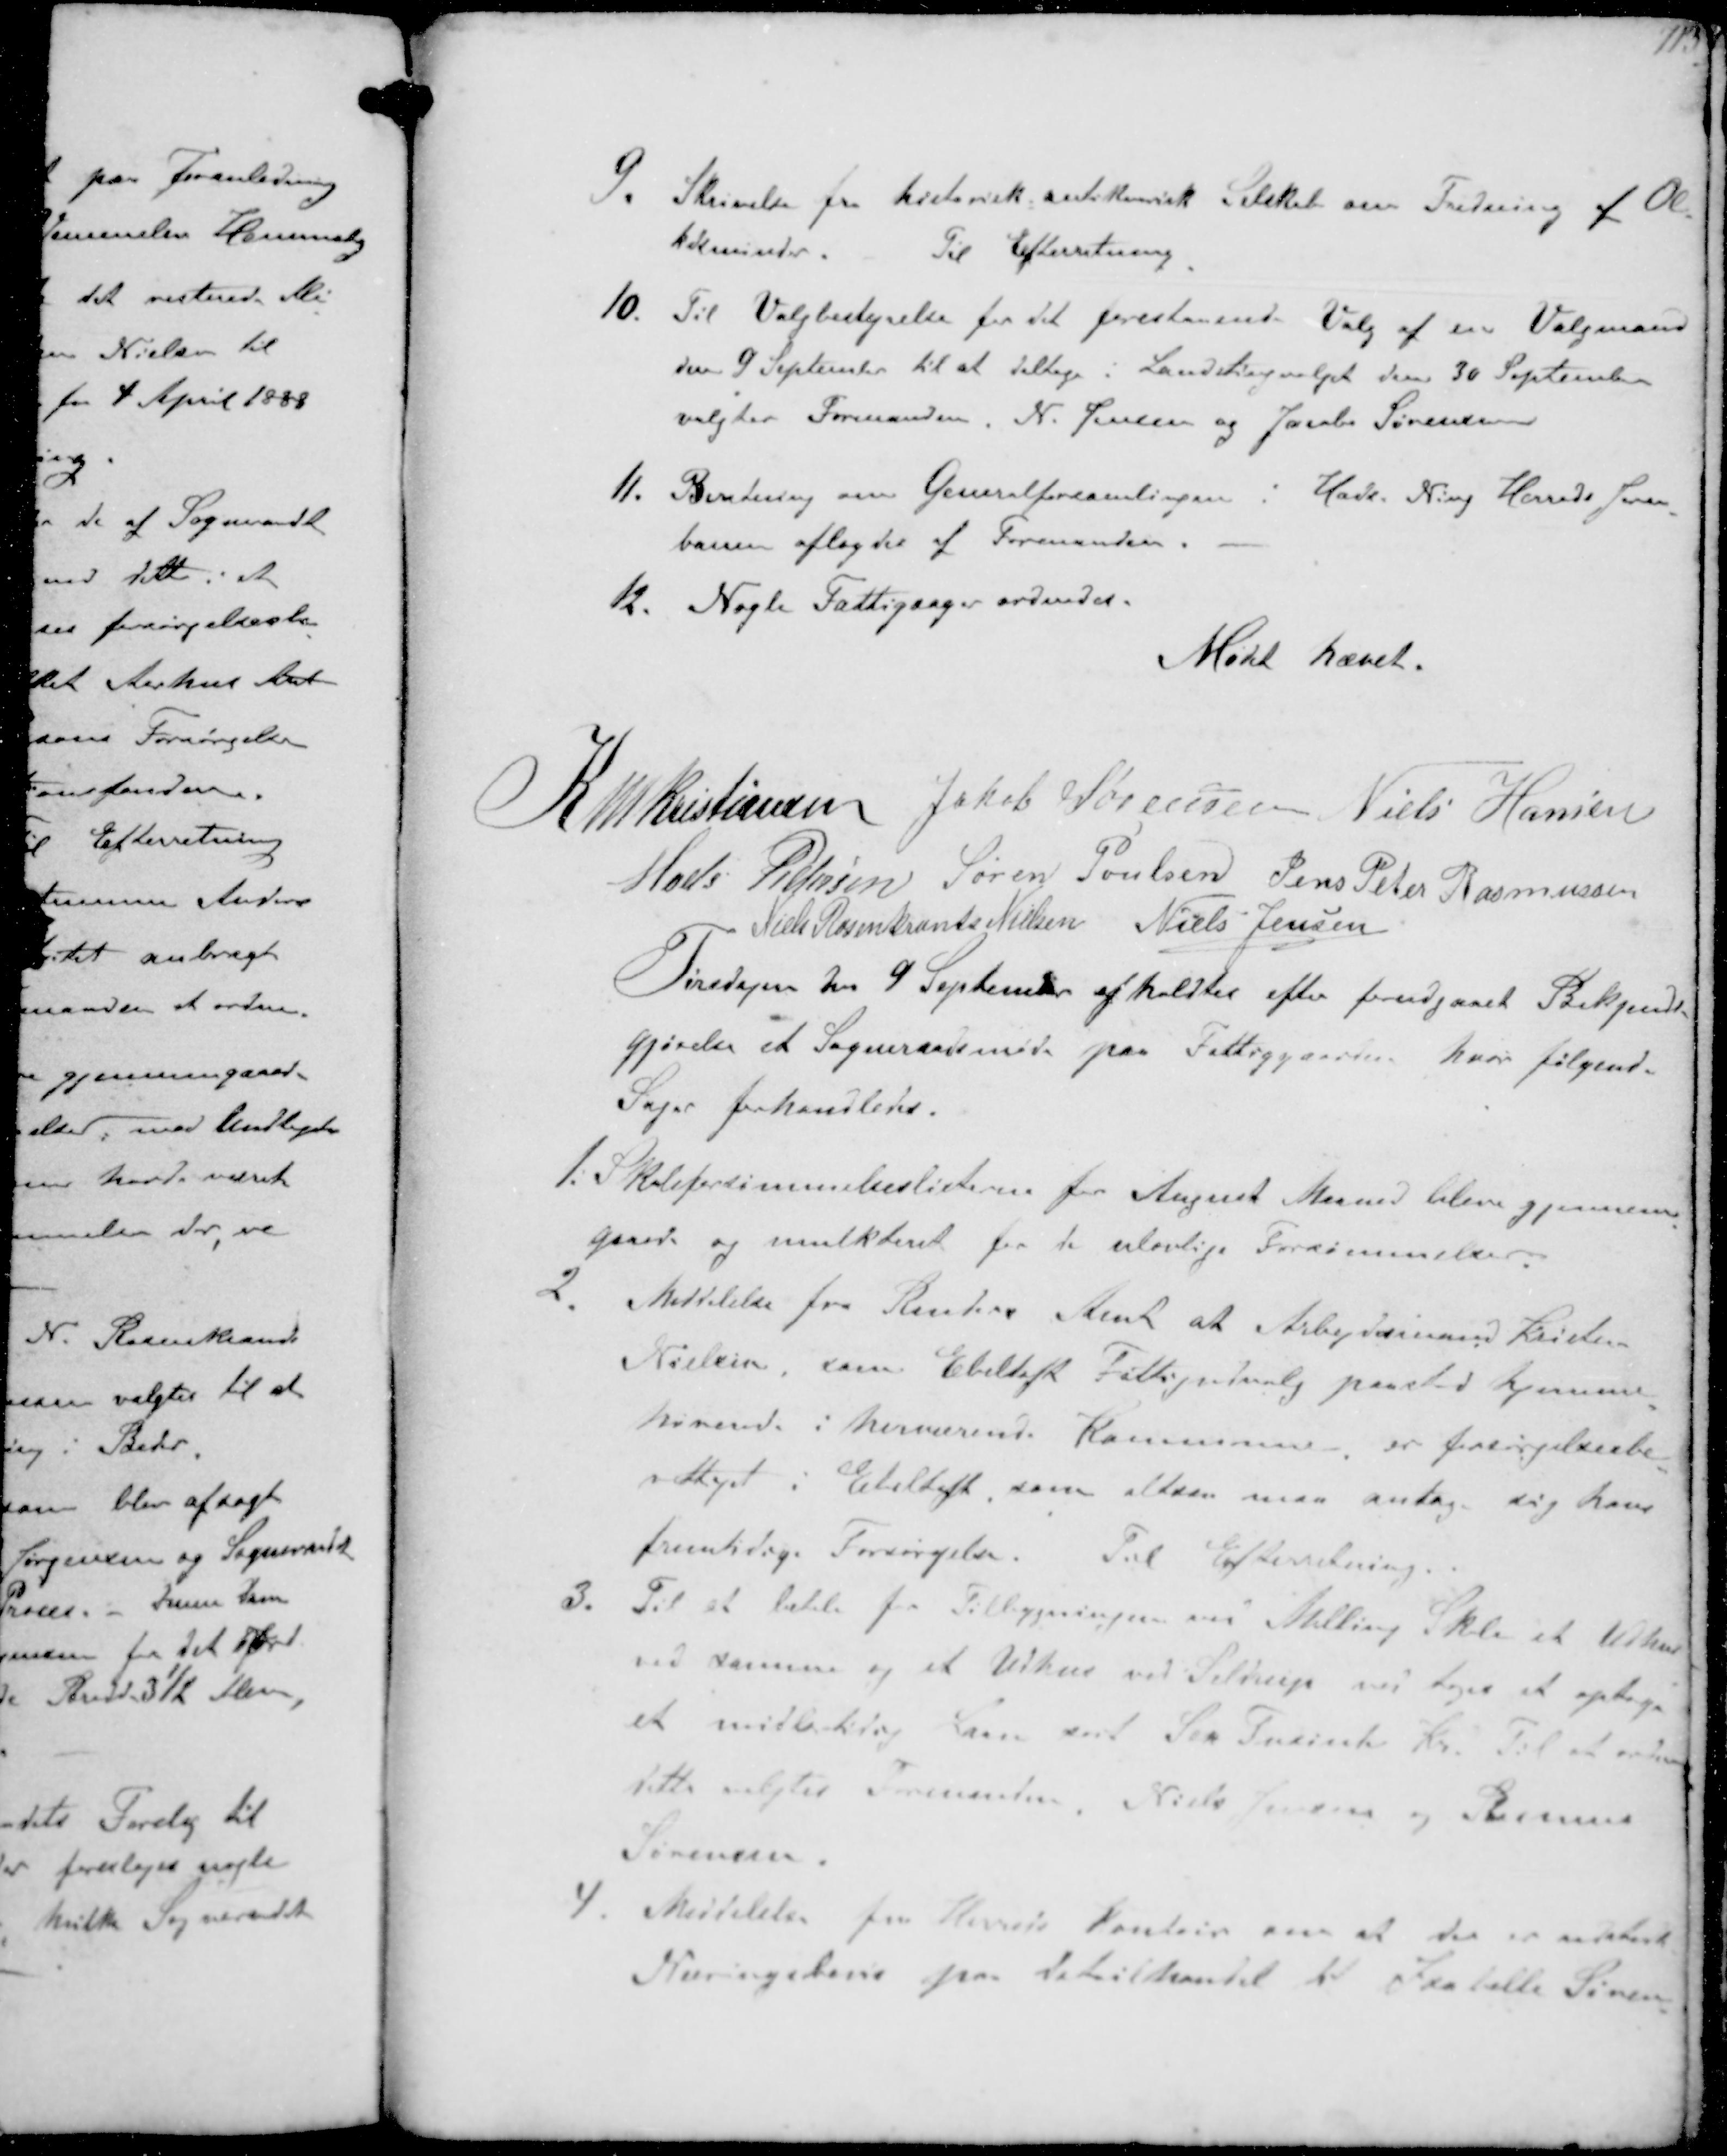
Transskription:
9 Skrivelse fra historisk  Selskab om Fredning af Ol-
tidsminder
Til Efterretning
10. Til Valgbestyrelse for det forestaaende Valg af en Valgmand
den 9 September til at deltage i Landstingsvalget den 30 September
valgtes Formanden, N. Jensen og Jacob Sørensen
11. Beretning om Generalforsamlingen i Hads. Ning Herreds Jern-
baner aflagdes af Formanden.
1. Nogle Fattigsager ordndes.

Mødet hævet.

K N M Kristiansen Jakob Sørensen Niels Hansen
Mads Pedersen Søren Poulsen Jens Peter Rasmussen
Niels Rosenkrands Nielsen Niels Jensen
Tirsdagen den 9 September afholdtes efter forudgaaet Bekjendt-
gjørelse et Sogneraadsmøde paa Fattiggaarden hvor følgende
Sager forhandledes.
1. Skoleforsømmelseslisterne for August Maaned bleve gjennem-
gaaede og mulkteret for de ulovlige Forsømmelser
2. Meddelelse fra Randers Amt at Arbejdsmand Kristen
Nielsen, som Ebeltoft Fattigudvalg paastod hjemme-
hørende i herværende Kommune er forsørgelsesbe-
rettiget i Ebeltoft som altsaa maa antag sig hans
fremtidige Forsørgelse. Til Efterretning
3. Til at betale for Tilbygningern ved Malling Skole et Udhus
ved samme og et Udhus ved Seldrup ved toges at optage
et midlertidig Laan stort Sex Tusinde Kr. Til at ordne
dette valgtes Formanden, Niels Jensen og Rasmus
Sørensen
4 Meddelelse fra Herreds Kontoret om at der er udstedt
Næringsbevis paa Detailhandel til Isabella Søren-